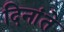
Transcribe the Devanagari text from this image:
दिनांते